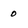
Character: 0